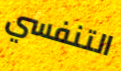
التنفسي